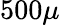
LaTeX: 500\mu